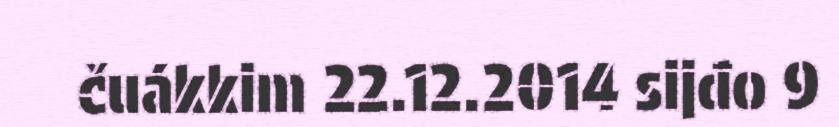
čuákkim 22.12.2014 sijđo 9